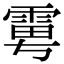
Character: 𩂾